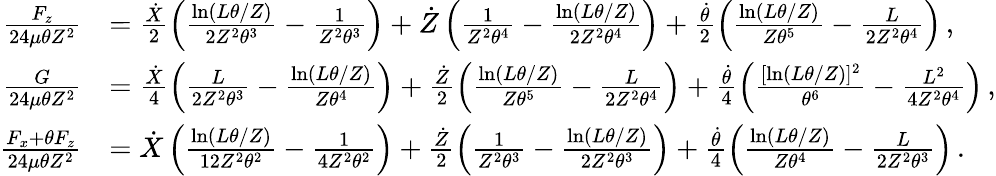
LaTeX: \begin{array}{rl}{\frac{F_{z}}{24\mu\theta Z^{2}}}&{=\frac{\dot{X}}{2}\left(\frac{\ln(L\theta/Z)}{2Z^{2}\theta^{3}}-\frac{1}{Z^{2}\theta^{3}}\right)+\dot{Z}\left(\frac{1}{Z^{2}\theta^{4}}-\frac{\ln(L\theta/Z)}{2Z^{2}\theta^{4}}\right)+\frac{\dot{\theta}}{2}\left(\frac{\ln(L\theta/Z)}{Z\theta^{5}}-\frac{L}{2Z^{2}\theta^{4}}\right)\, ,}\\ {\frac{G}{24\mu\theta Z^{2}}}&{=\frac{\dot{X}}{4}\left(\frac{L}{2Z^{2}\theta^{3}}-\frac{\ln(L\theta/Z)}{Z\theta^{4}}\right)+\frac{\dot{Z}}{2}\left(\frac{\ln(L\theta/Z)}{Z\theta^{5}}-\frac{L}{2Z^{2}\theta^{4}}\right)+\frac{\dot{\theta}}{4}\left(\frac{[\ln(L\theta/Z)]^{2}}{\theta^{6}}-\frac{L^{2}}{4Z^{2}\theta^{4}}\right)\, ,}\\ {\frac{F_{x}+\theta F_{z}}{24\mu\theta Z^{2}}}&{=\dot{X}\left(\frac{\ln(L\theta/Z)}{12Z^{2}\theta^{2}}-\frac{1}{4Z^{2}\theta^{2}}\right)+\frac{\dot{Z}}{2}\left(\frac{1}{Z^{2}\theta^{3}}-\frac{\ln(L\theta/Z)}{2Z^{2}\theta^{3}}\right)+\frac{\dot{\theta}}{4}\left(\frac{\ln(L\theta/Z)}{Z\theta^{4}}-\frac{L}{2Z^{2}\theta^{3}}\right)\, .}\end{array}